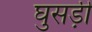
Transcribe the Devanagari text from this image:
घुसड़ी